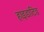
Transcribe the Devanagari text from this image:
हाइडाटिड